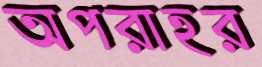
অপরাহর